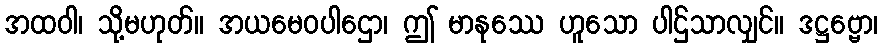
အထဝါ၊ သို့မဟုတ်။ အယမေဝပါဌော၊ ဤ မာနုဿေ ဟူသော ပါဌ်သာလျှင်။ ဒဋ္ဌဗ္ဗော၊